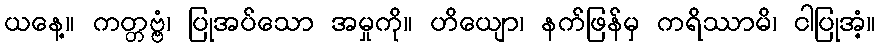
ယနေ့။ ကတ္တဗ္ဗံ၊ ပြုအပ်သော အမှုကို။ ဟိယျော၊ နက်ဖြန်မှ ကရိဿာမိ၊ ငါပြုအံ့။